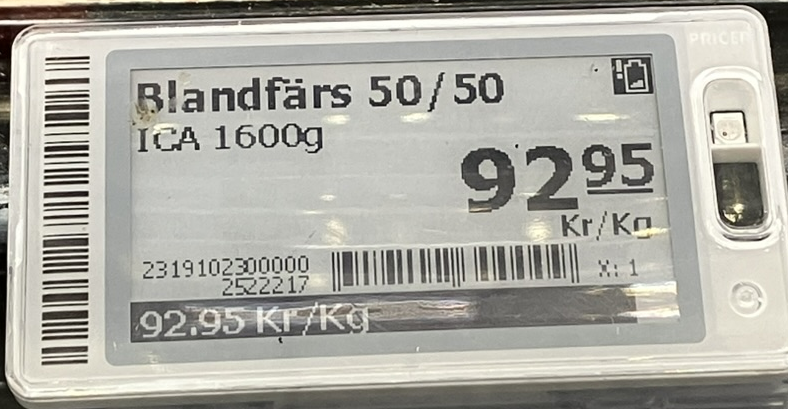
Vara: Blandfärs 50/50
Genomsnittspris: 92.95 per kg